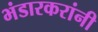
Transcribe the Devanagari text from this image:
भंडारकरांनी